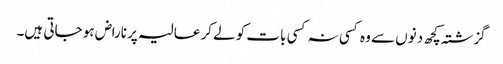
گزشتہ کچھ دنوں سے وہ کسی نہ کسی بات کو لےکر عالیہ پر ناراض ہو جاتی ہیں۔